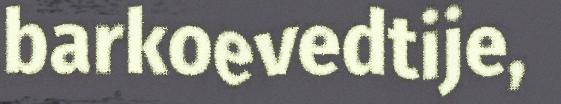
barkoevedtije,